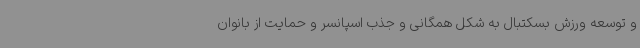
و توسعه ورزش بسکتبال به شکل همگانی و جذب اسپانسر و حمایت از بانوان